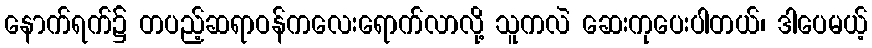
နောက်ရက်၌ တပည့်ဆရာဝန်ကလေးရောက်လာလို့ သူကလဲ ဆေးကုပေးပါတယ်၊ ဒါပေမယ့်